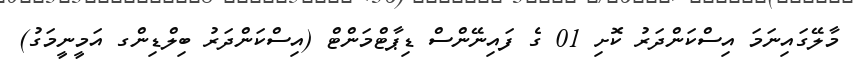
މާލޭގައިނަމަ އިސްކަންދަރު ކޮށި 01 ގެ ފައިނޭންސް ޑިޕާޓްމަންޓް (އިސްކަންދަރު ބިލްޑިންގ އަމީނީމަގު)